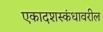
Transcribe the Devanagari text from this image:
एकादशस्कंधावरील